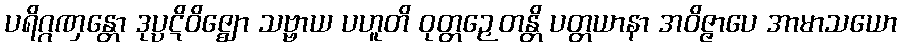
ပရိဂ္ဂဏှန္တော ဒုပ္ပဋိဝိဇ္ဈော သဗ္ဗာယ ပဟူတိ ဝုတ္တဉှေတန္တိ ပတ္တယာနာ အဝိဇ္ဇာပေ အာမာသယော